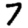
Digit: 7